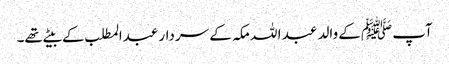
آپ ﷺکے والد عبد ا للہ مکہ کے سردار عبدالمطلب کے بیٹے تھے۔